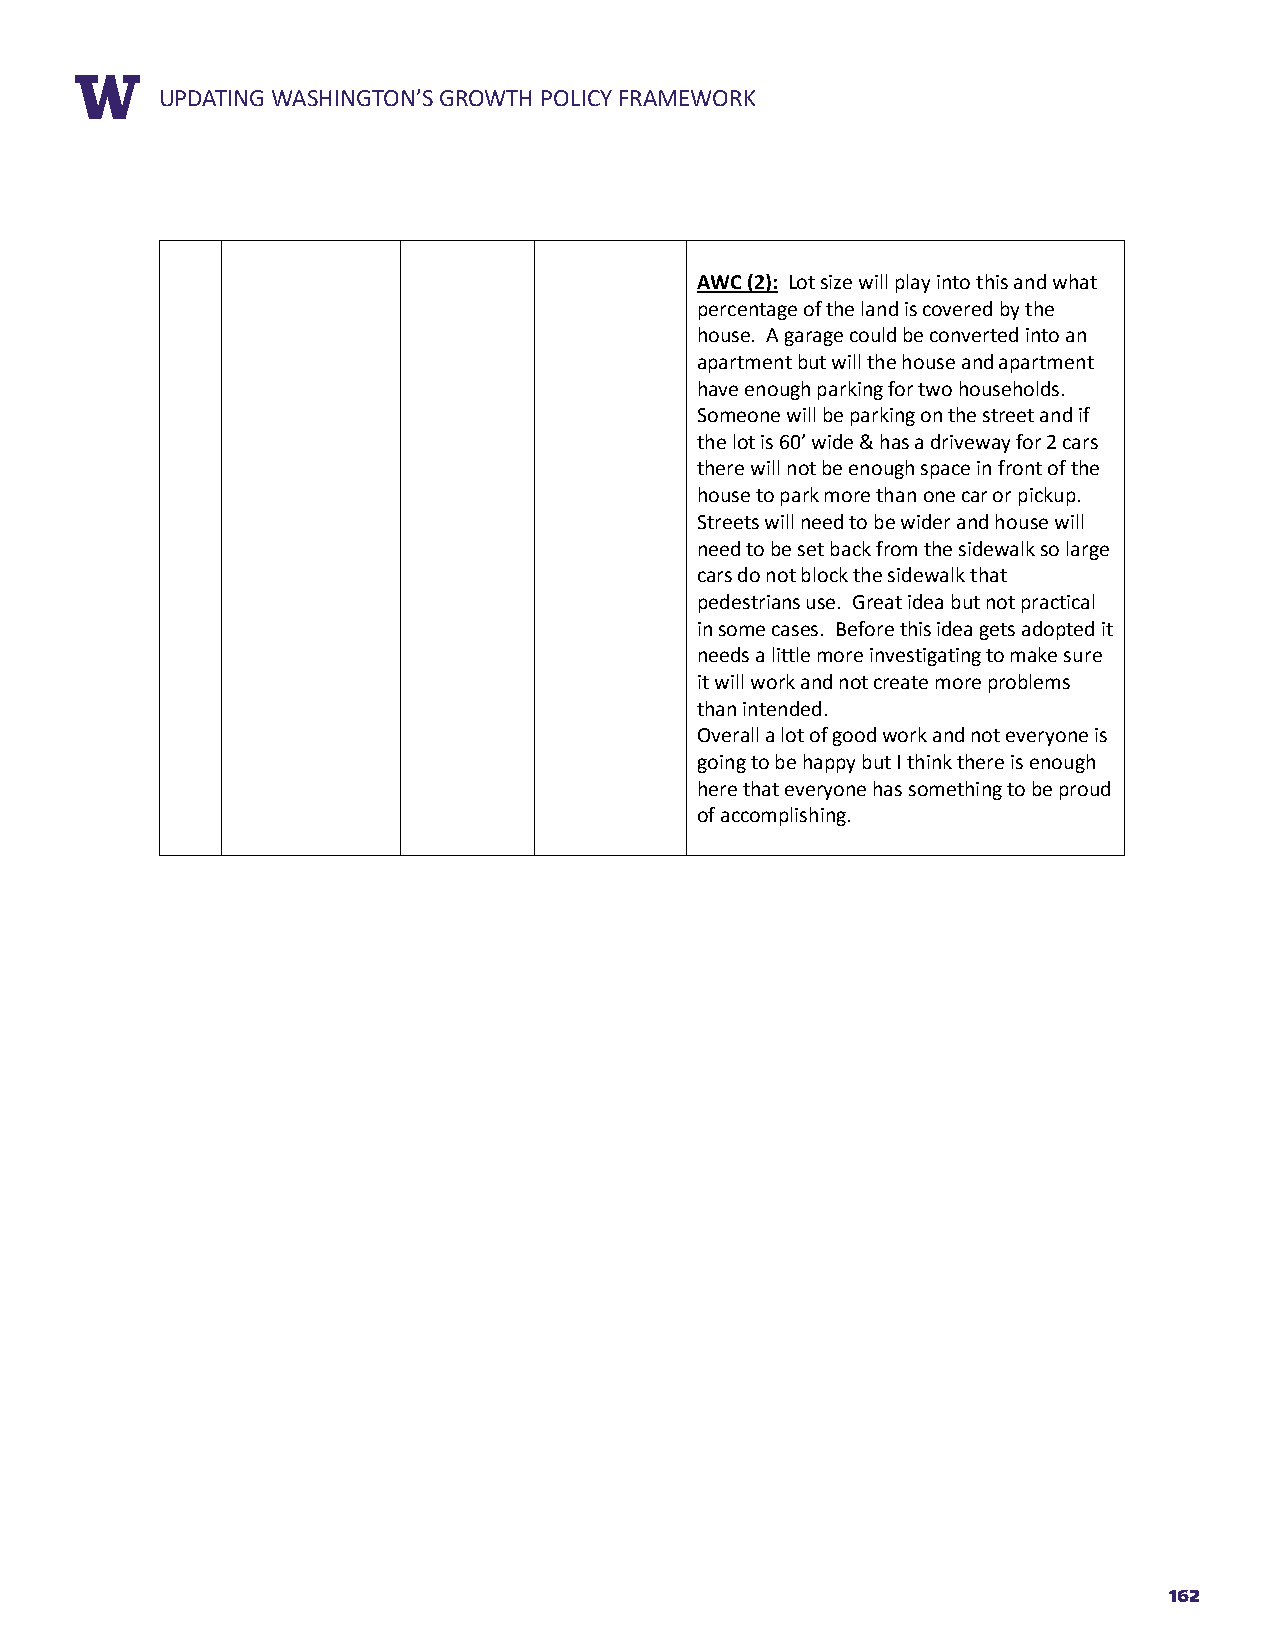
RUEPPDOARTTIN TGIT WLEASHINGTON’S GROWTH POLICY FRAMEWORK
 AWC (2): Lot size will play into this and what
 percentage of the land is covered by the
 house. A garage could be converted into an
 apartment but will the house and apartment
 have enough parking for two households.
 Someone will be parking on the street and if
 the lot is 60’ wide & has a driveway for 2 cars
 there will not be enough space in front of the
 house to park more than one car or pickup.
 Streets will need to be wider and house will
 need to be set back from the sidewalk so large
 cars do not block the sidewalk that
 pedestrians use. Great idea but not practical
 in some cases. Before this idea gets adopted it
 needs a little more investigating to make sure
 it will work and not create more problems
 than intended.
 Overall a lot of good work and not everyone is
 going to be happy but I think there is enough
 here that everyone has something to be proud
 of accomplishing.
 162